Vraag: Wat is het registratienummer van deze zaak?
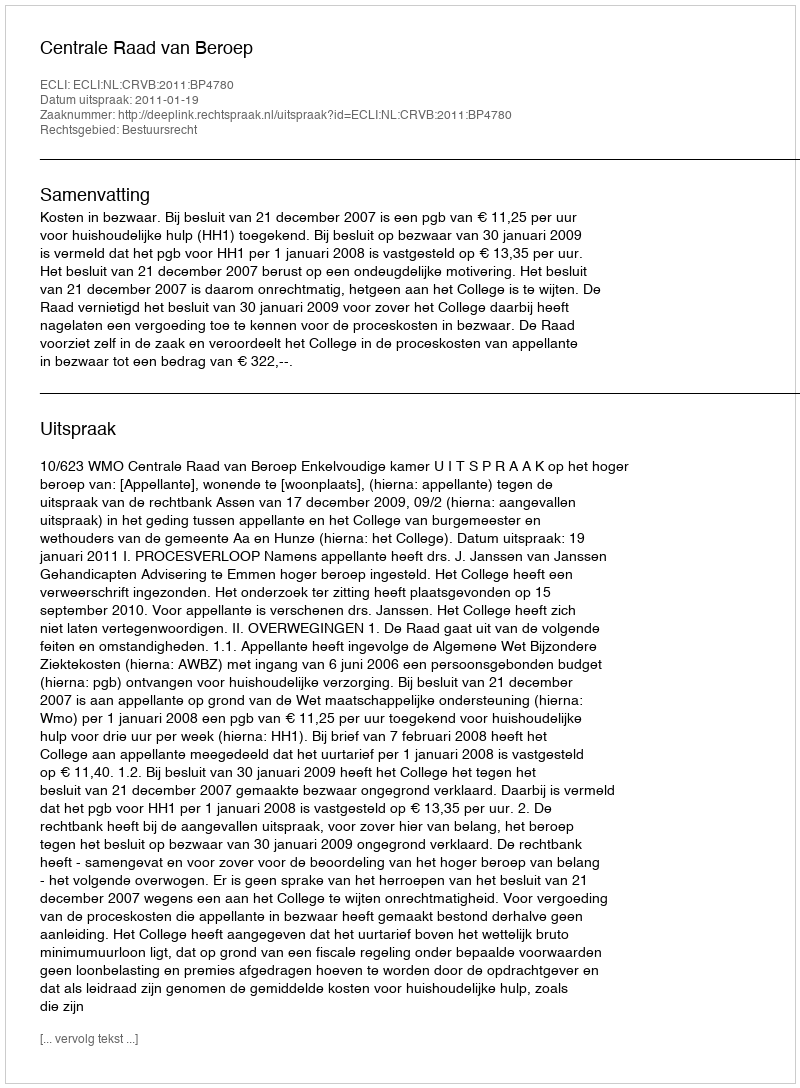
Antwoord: http://deeplink.rechtspraak.nl/uitspraak?id=ECLI:NL:CRVB:2011:BP4780